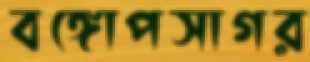
বঙ্গোপসাগর